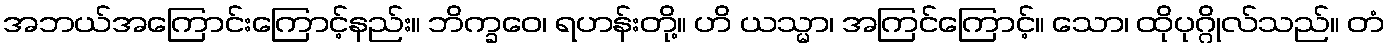
အဘယ်အကြောင်းကြောင့်နည်း။ ဘိက္ခဝေ၊ ရဟန်းတို့။ ဟိ ယသ္မာ၊ အကြင်ကြောင့်။ သော၊ ထိုပုဂ္ဂိုလ်သည်။ တံ